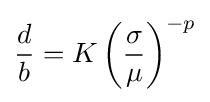
{\frac {d}{b}}=K\left({\frac {\sigma }{\mu }}\right)^{-p}